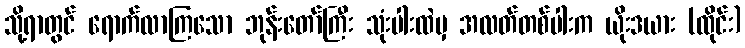
သို့ရာတွင် ရောက်လာကြသော ဘုန်းတော်ကြီး သုံးပါးထဲမှ အလတ်တစ်ပါးက ယိုးဒယား (ထိုင်း)